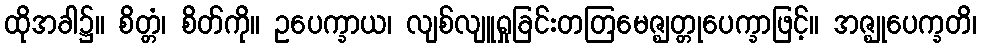
ထိုအခါ၌။ စိတ္တံ၊ စိတ်ကို။ ဥပေက္ခာယ၊ လျစ်လျူရှုခြင်းတတြမေဇ္ဈတ္တုပေက္ခာဖြင့်။ အဇ္ဈုပေက္ခတိ၊